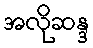
အလိုဆန္ဒ